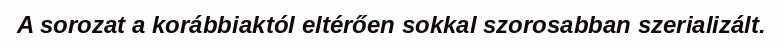
A sorozat a korábbiaktól eltérően sokkal szorosabban szerializált.